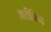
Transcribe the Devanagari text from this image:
अर्तविन